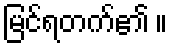
မြင်ရတက်၏ ။